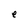
Character: e